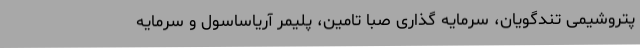
پتروشیمی تندگویان، سرمایه‌ گذاری صبا تامین، پلیمر آریاساسول و سرمایه‌